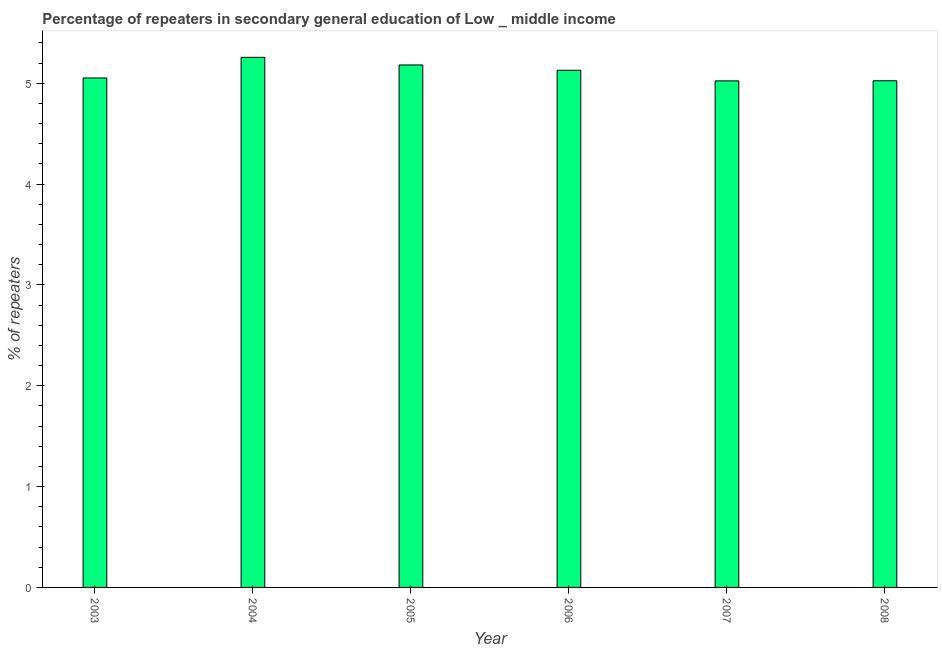
| Year | Percentage of repeaters |
 | --- | --- |
 | 2003 | 5.05 |
 | 2004 | 5.26 |
 | 2005 | 5.18 |
 | 2006 | 5.13 |
 | 2007 | 5.02 |
 | 2008 | 5.02 |